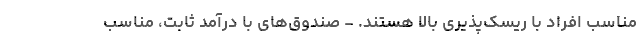
مناسب افراد با ریسک‌پذیری بالا هستند. - صندوق‌های با درآمد ثابت، مناسب